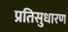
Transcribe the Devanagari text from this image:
प्रतिसुधारण